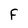
Character: F